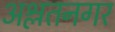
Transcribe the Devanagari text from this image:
अश्लतनगर